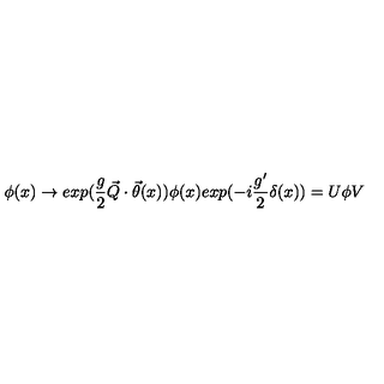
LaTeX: \phi ( x ) \rightarrow e x p ( \frac { g } { 2 } \vec { Q } \cdot \vec { \theta } ( x ) ) \phi ( x ) e x p ( - i \frac { g ^ { \prime } } { 2 } \delta ( x ) ) = U \phi V